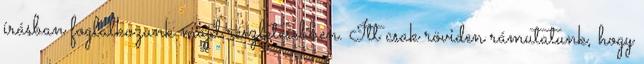
írásban foglalkozunk majd részletesebben. Itt csak röviden rámutatunk, hogy